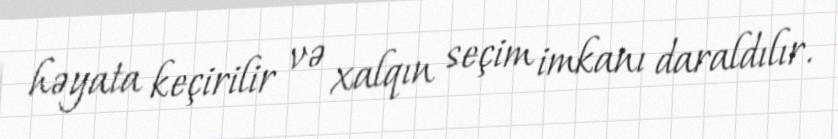
həyata keçirilir və xalqın seçim imkanı daraldılır.